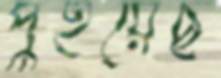
পুইয়েছ